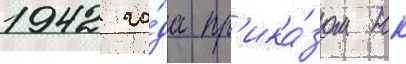
1942 го́да пр'ика́зом нк